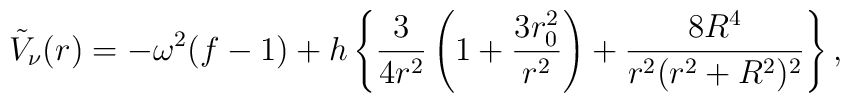
\tilde V_\nu(r) = - \omega^2 (f -1)+ h \left \{ { 3   \over 4 r^2 } \left (1 + { 3 r_0^2 \over r^2} \right ) +{ 8 R^4  \over r^2 (r^2 + R^2)^2 } \right \},